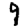
Digit: 9